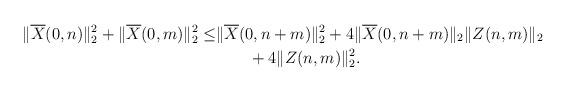
LaTeX: \begin{align*}\|\overline X(0,n)\|_2^2+\|\overline X(0,m)\|_2^2\le&\|\overline X(0,n+m)\|_2^2+4\|\overline X(0,n+m)\|_2\|Z(n,m)\|_2\\&\qquad+ 4\|Z(n,m)\|_2^2.\end{align*}